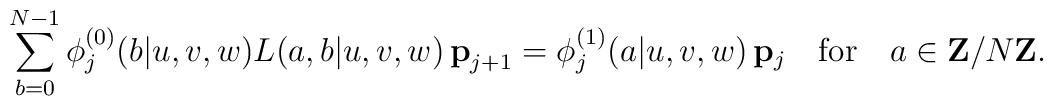
\sum_{b=0}^{N-1}\phi_{j}^{(0)}(b|u,v,w)L(a,b|u,v,w)\, {\bf p}_{j+1} =\phi_{j}^{(1)}(a|u,v,w)\,{\bf p}_{j} \quad \mbox{for}\quad a\in{\bf Z}/N{\bf Z}.